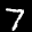
Label: 7